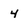
Character: 4